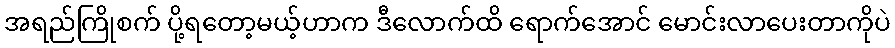
အရည်ကြိုစက် ပို့ရတော့မယ့်ဟာက ဒီလောက်ထိ ရောက်အောင် မောင်းလာပေးတာကိုပဲ